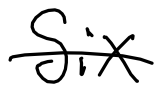
Text: Six
Cross-out: single-line
Writing tool: digital_black